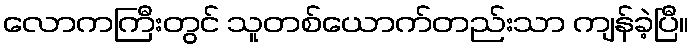
လောကကြီးတွင် သူတစ်ယောက်တည်းသာ ကျန်ခဲ့ပြီ။